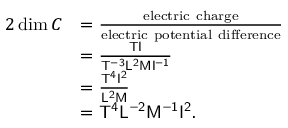
{ \begin{array} { r l } { { 2 } \dim C } & { = { \frac { \mathrm { e l e c t r i c ~ c h a r g e } } { \mathrm { e l e c t r i c ~ p o t e n t i a l ~ d i f f e r e n c e } } } } \\ & { = { \frac { { \mathsf { T } } { \mathsf { I } } } { { \mathsf { T ^ { - 3 } } } { \mathsf { L ^ { 2 } } } { \mathsf { M } } { \mathsf { I ^ { - 1 } } } } } } \\ & { = { \frac { { \mathsf { T ^ { 4 } } } { \mathsf { I ^ { 2 } } } } { { \mathsf { L ^ { 2 } } } { \mathsf { M } } } } } \\ & { = { \mathsf { T ^ { 4 } } } { \mathsf { L ^ { - 2 } } } { \mathsf { M ^ { - 1 } } } { \mathsf { I ^ { 2 } } } . } \end{array} }